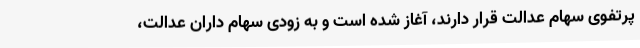
پرتفوی سهام عدالت قرار دارند، آغاز شده است و به زودی سهام داران عدالت،